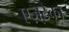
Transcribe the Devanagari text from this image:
एज़्टेका